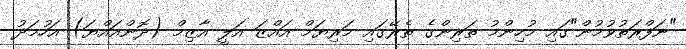
"ނަފްރަތުވުމުން"ގައި މުހިންމު ތަރިންގެ ތެރޭގައި މަރިޔަމް އައްޒަ އަލީ އާޒިމް (ދޮންއައްޔަ) އަހުމަދު